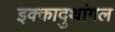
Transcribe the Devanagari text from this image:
इक्कादुथांगल